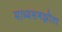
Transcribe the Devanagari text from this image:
साध्यसमझौता